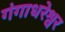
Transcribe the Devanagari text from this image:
गंगाधरेश्वर